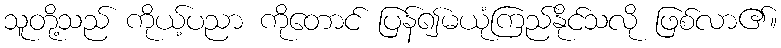
သူတို့သည် ကိုယ့်ပညာ ကိုတောင် ပြန်၍မယုံကြည်နိုင်သလို ဖြစ်လာ၏။